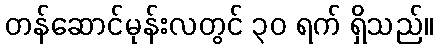
တန်ဆောင်မုန်းလတွင် ၃၀ ရက် ရှိသည်။